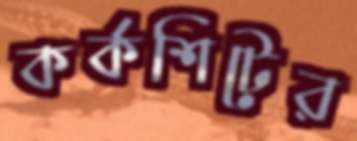
কর্কশিটের